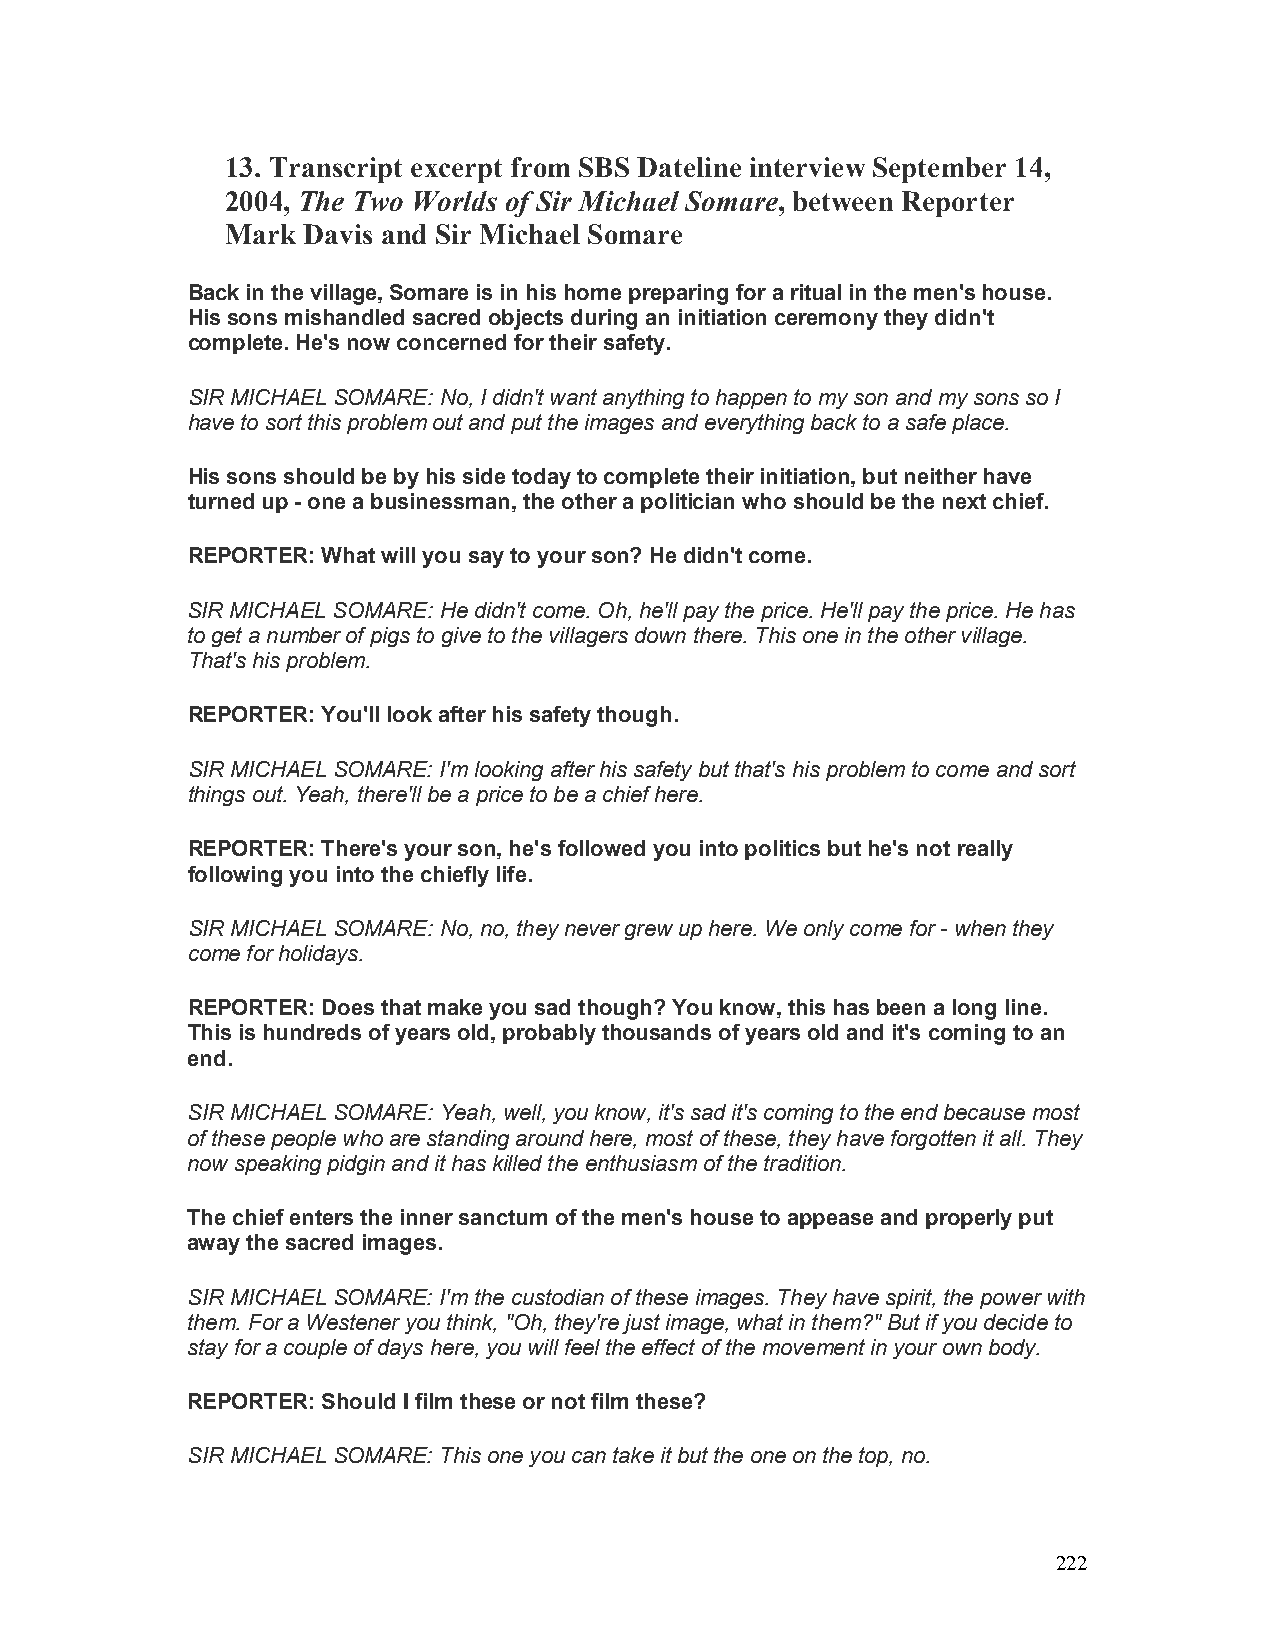
13. Transcript excerpt from SBS Dateline interview September 14,
 2004, The Two Worlds of Sir Michael Somare, between Reporter
 Mark Davis and Sir Michael Somare
 Back in the village, Somare is in his home preparing for a ritual in the men’s house.
 His sons mishandled sacred objects during an initiation ceremony they didn’t
 complete. He’s now concerned for their safety.
 SIR MICHAEL SOMARE: No, I didn’t want anything to happen to my son and my sons so I
 have to sort this problem out and put the images and everything back to a safe place.
 His sons should be by his side today to complete their initiation, but neither have
 turned up - one a businessman, the other a politician who should be the next chief.
 REPORTER: What will you say to your son? He didn’t come.
 SIR MICHAEL SOMARE: He didn’t come. Oh, he’ll pay the price. He’ll pay the price. He has
 to get a number of pigs to give to the villagers down there. This one in the other village.
 That’s his problem.
 REPORTER: You’ll look after his safety though.
 SIR MICHAEL SOMARE: I’m looking after his safety but that’s his problem to come and sort
 things out. Yeah, there’ll be a price to be a chief here.
 REPORTER: There’s your son, he’s followed you into politics but he’s not really
 following you into the chiefly life.
 SIR MICHAEL SOMARE: No, no, they never grew up here. We only come for - when they
 come for holidays.
 REPORTER: Does that make you sad though? You know, this has been a long line.
 This is hundreds of years old, probably thousands of years old and it’s coming to an
 end.
 SIR MICHAEL SOMARE: Yeah, well, you know, it’s sad it’s coming to the end because most
 of these people who are standing around here, most of these, they have forgotten it all. They
 now speaking pidgin and it has killed the enthusiasm of the tradition.
 The chief enters the inner sanctum of the men’s house to appease and properly put
 away the sacred images.
 SIR MICHAEL SOMARE: I’m the custodian of these images. They have spirit, the power with
 them. For a Westener you think, "Oh, they’re just image, what in them?" But if you decide to
 stay for a couple of days here, you will feel the effect of the movement in your own body.
 REPORTER: Should I film these or not film these?
 SIR MICHAEL SOMARE: This one you can take it but the one on the top, no.
 222